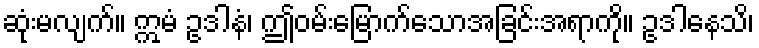
ဆုံးမလျက်။ ဣမံ ဥဒါနံ၊ ဤဝမ်းမြောက်သောအခြင်းအရာကို။ ဥဒါနေသိ၊